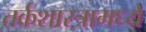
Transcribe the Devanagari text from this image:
तर्कशास्त्रामध्ये